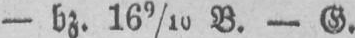
- bz. 169/10 B. - G.